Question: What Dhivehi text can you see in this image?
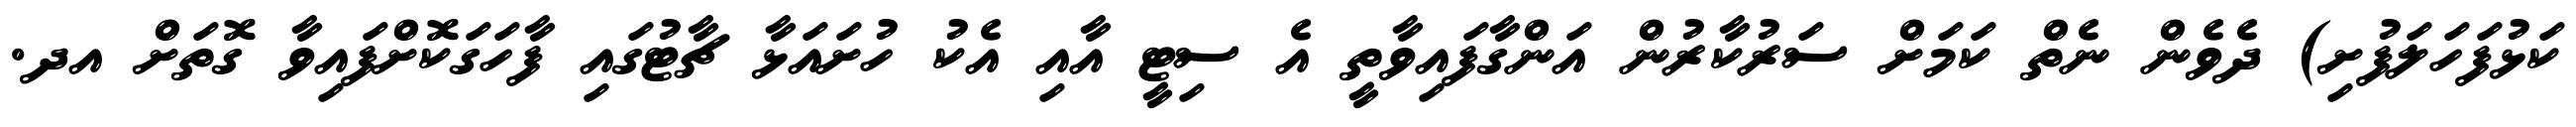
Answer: ކަޅުފަހަލަފުށި) ދެވެން ނެތް ކަމަށް ސަރުކާރުން އަންގާފައިވާތީ އެ ސިޓީ އާއި އެކު ހުށައަޅާ ޗާޓުގައި ފާހަގަކޮށްފައިވާ ގޮތަށް އދ.